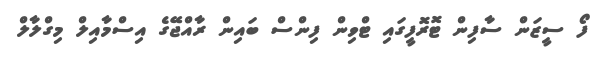
ފޯ ސީޒަން ސާފިން ޓޮރޮފީގައި ޓްވިން ފިންސް ބައިން ރާއްޖޭގެ އިސްމާއިލް މިގްލާލް